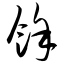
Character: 余